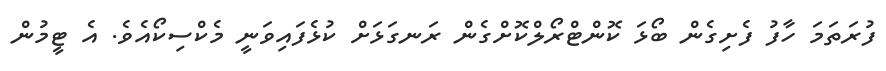
ފުރަތަމަ ހާފު ފެށިގެން ބޯޅަ ކޮންޓްރޯލްކޮށްގެން ރަނގަޅަށް ކުޅެފައިވަނީ މެކްސިކޯއެވެ. އެ ޓީމުން